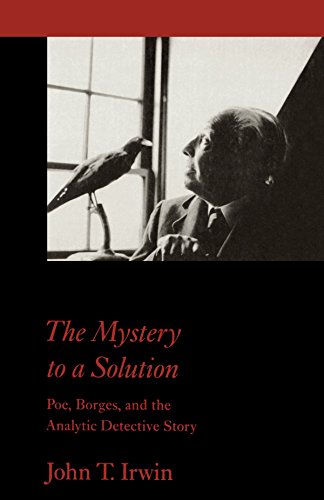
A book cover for The Mystery to a Solution: Poe, Borges, and the Analytic Detective Story; John T. Irwin; Mystery, Thriller & Suspense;